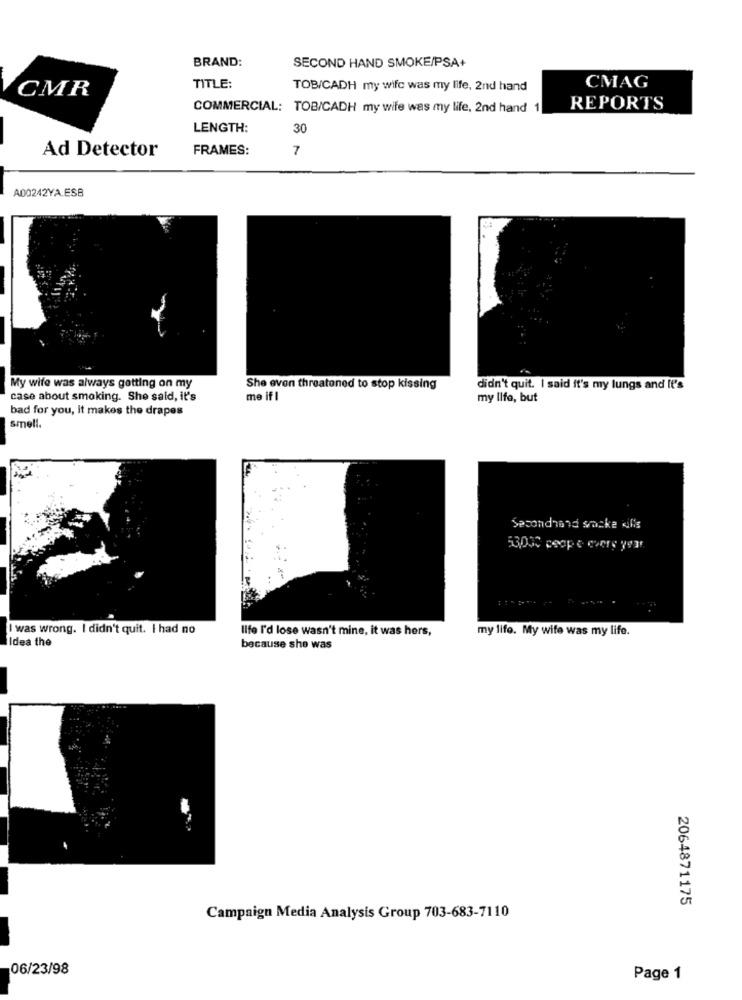
BRAND:
SECOND HAND SMOKE/PSA+
CMR
TITLE:
TOB/CADH my wife was my life, 2nd hand
CMAG
COMMERCIAL: TOB/CADH my wife was my life, 2nd hand 1
REPORTS
LENGTH:
30
Ad Detector
FRAMES:
7
A00242YA.ESB
My wife was always getting on my
She even threatened to stop kissing
didn't quit. I said it's my lungs and It's
case about smoking. She said, it's
me if I
my life, but
bad for you, it makes the drapes
smell.
Secondhand socke difis
53000 coop e every year
I was wrong. I didn't quit. I had no
life I'd lose wasn't mine, it was hers,
my life. My wife was my life.
Idea the
because she was
2064871175
Campaign Media Analysis Group 703-683-7110
06/23/98
Page 1